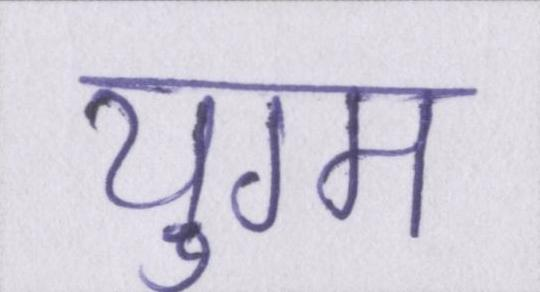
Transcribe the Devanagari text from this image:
युग्म